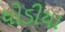
ધોડીયા